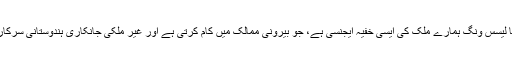
ریسرچ اینڈ اینا لیسس وِنگ ہمارے ملک کی ایسی خفیہ ایجنسی ہے، جو بیرونی ممالک میں کام کرتی ہے اور غیر ملکی جانکاری ہندوستانی سرکار کو دیتی ہے۔